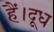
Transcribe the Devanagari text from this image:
हैं।दूध